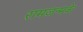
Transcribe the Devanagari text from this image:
रामजन्मके